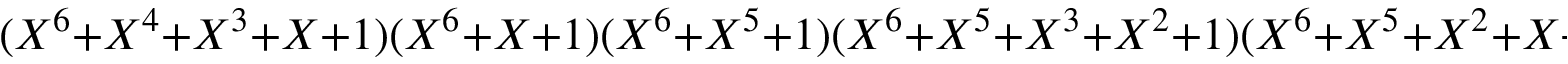
( X ^ { 6 } + X ^ { 4 } + X ^ { 3 } + X + 1 ) ( X ^ { 6 } + X + 1 ) ( X ^ { 6 } + X ^ { 5 } + 1 ) ( X ^ { 6 } + X ^ { 5 } + X ^ { 3 } + X ^ { 2 } + 1 ) ( X ^ { 6 } + X ^ { 5 } + X ^ { 2 } + X + 1 ) ( X ^ { 6 } + X ^ { 5 } + X ^ { 4 } + X + 1 ) ,